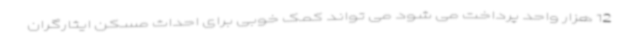
12 هزار واحد پرداخت می شود می تواند کمک خوبی برای احداث مسکن ایثارگران